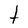
Character: t